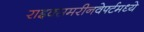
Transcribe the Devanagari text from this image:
राइक्समरीनवेर्फ्टमध्ये